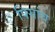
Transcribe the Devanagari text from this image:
पिसांच